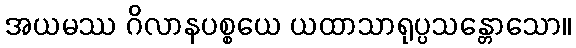
အယမဿ ဂိလာနပစ္စယေ ယထာသာရုပ္ပသန္တောသော။